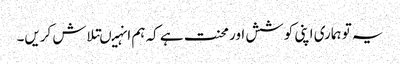
یہ تو ہماری اپنی کوشش اور محنت ہے کہ ہم انہیںتلاش کریں۔